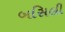
બસિલી